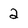
Character: 2